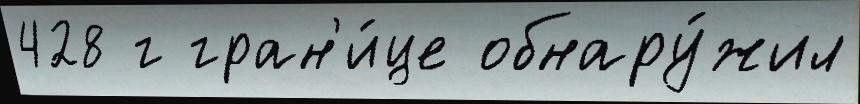
428 г гран'и́це обнару́жил